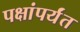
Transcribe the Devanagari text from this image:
पक्षांपर्यंत